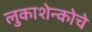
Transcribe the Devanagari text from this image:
लुकाशेन्कोचे